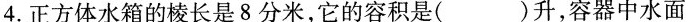
4.正方体水箱的棱长是8分米，它的容积是( )升，容器中水面